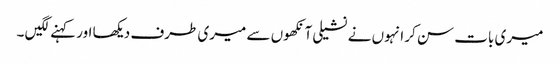
میری بات سن کر انہوں نے نشیلی آنکھوں سے میری طرف دیکھا اور کہنے لگیں ۔